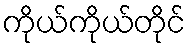
ကိုယ်ကိုယ်တိုင်